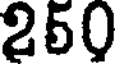
250